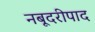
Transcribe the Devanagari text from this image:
नबूदरीपाद